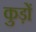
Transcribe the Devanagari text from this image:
कुड़ों